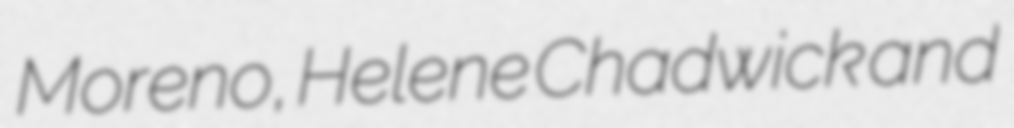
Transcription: Moreno, Helene Chadwick and